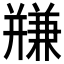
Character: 𱝀